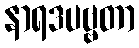
နာရဒပဗ္ဗတာ